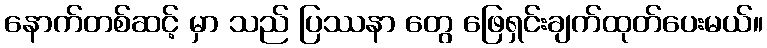
နောက်တစ်ဆင့် မှာ သည် ပြဿနာ တွေ ဖြေရှင်းချက်ထုတ်ပေးမယ်။